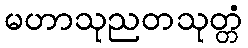
မဟာသုညတသုတ္တံ